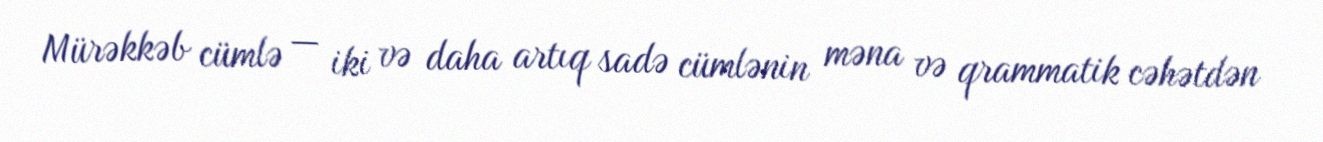
Mürəkkəb cümlə — iki və daha artıq sadə cümlənin məna və qrammatik cəhətdən